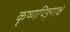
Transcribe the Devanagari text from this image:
कृष्णपिङ्गाक्षं